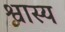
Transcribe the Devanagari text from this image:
श्वास्य